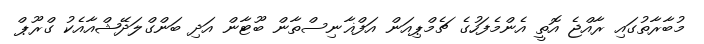
މުބާރާތުގައި ރާއްޖެ އޮތީ އެންމެފަހުގެ ޗެމްޕިއަން އަފްޣާނިސްތާން ބޫޓާން އަދި ބަންގްލަދޭޝްއާއެކު ގްރޫޕް